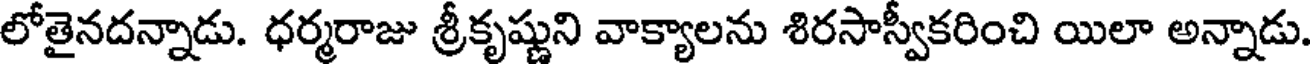
లోతైనదన్నాడు. ధర్మరాజు శ్రీకృష్ణుని వాక్యాలను శిరసాస్వీకరించి యిలా అన్నాడు.